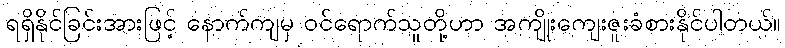
ရရှိနိုင်ခြင်းအားဖြင့် နောက်ကျမှ ဝင်ရောက်သူတို့ဟာ အကျိုးကျေးဇူးခံစားနိုင်ပါတယ်။